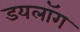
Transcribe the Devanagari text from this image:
डयलॉग